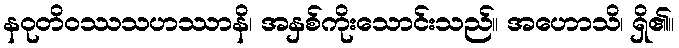
နဝုတိဝဿသဟဿာနိ၊ အနှစ်ကိုးသောင်းသည်။ အဟောသိ၊ ရှိ၏။